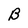
Character: B